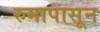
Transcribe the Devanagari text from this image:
रुमापासून